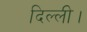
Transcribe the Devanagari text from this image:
दिल्‍ली।